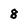
Character: 8